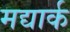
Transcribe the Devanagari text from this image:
मद्यार्क